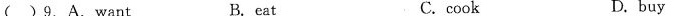
( )9.A.want B. eat C.cook D. buy